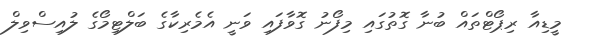
މީޑިއާ ރިޕޯޓްތައް ބުނާ ގޮތުގައި މިފޯނު ގޮވާފައި ވަނީ އެމެރިކާގެ ބަލްޓިމޯގެ ލުއިސްވިލް